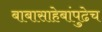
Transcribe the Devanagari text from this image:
बाबासाहेबांपुढेच